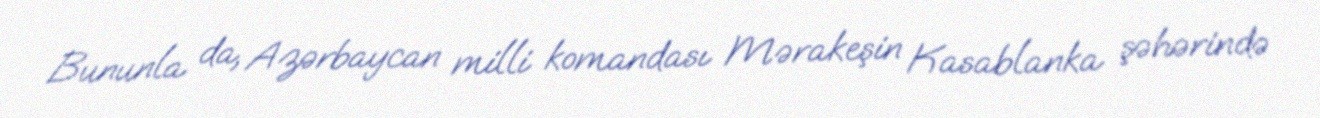
Bununla da, Azərbaycan milli komandası Mərakeşin Kasablanka şəhərində